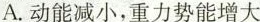
A.动能减小，重力势能增大